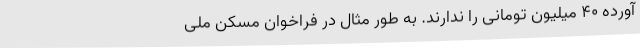
آورده ۴۰ میلیون تومانی را ندارند. به طور مثال در فراخوان مسکن ملی